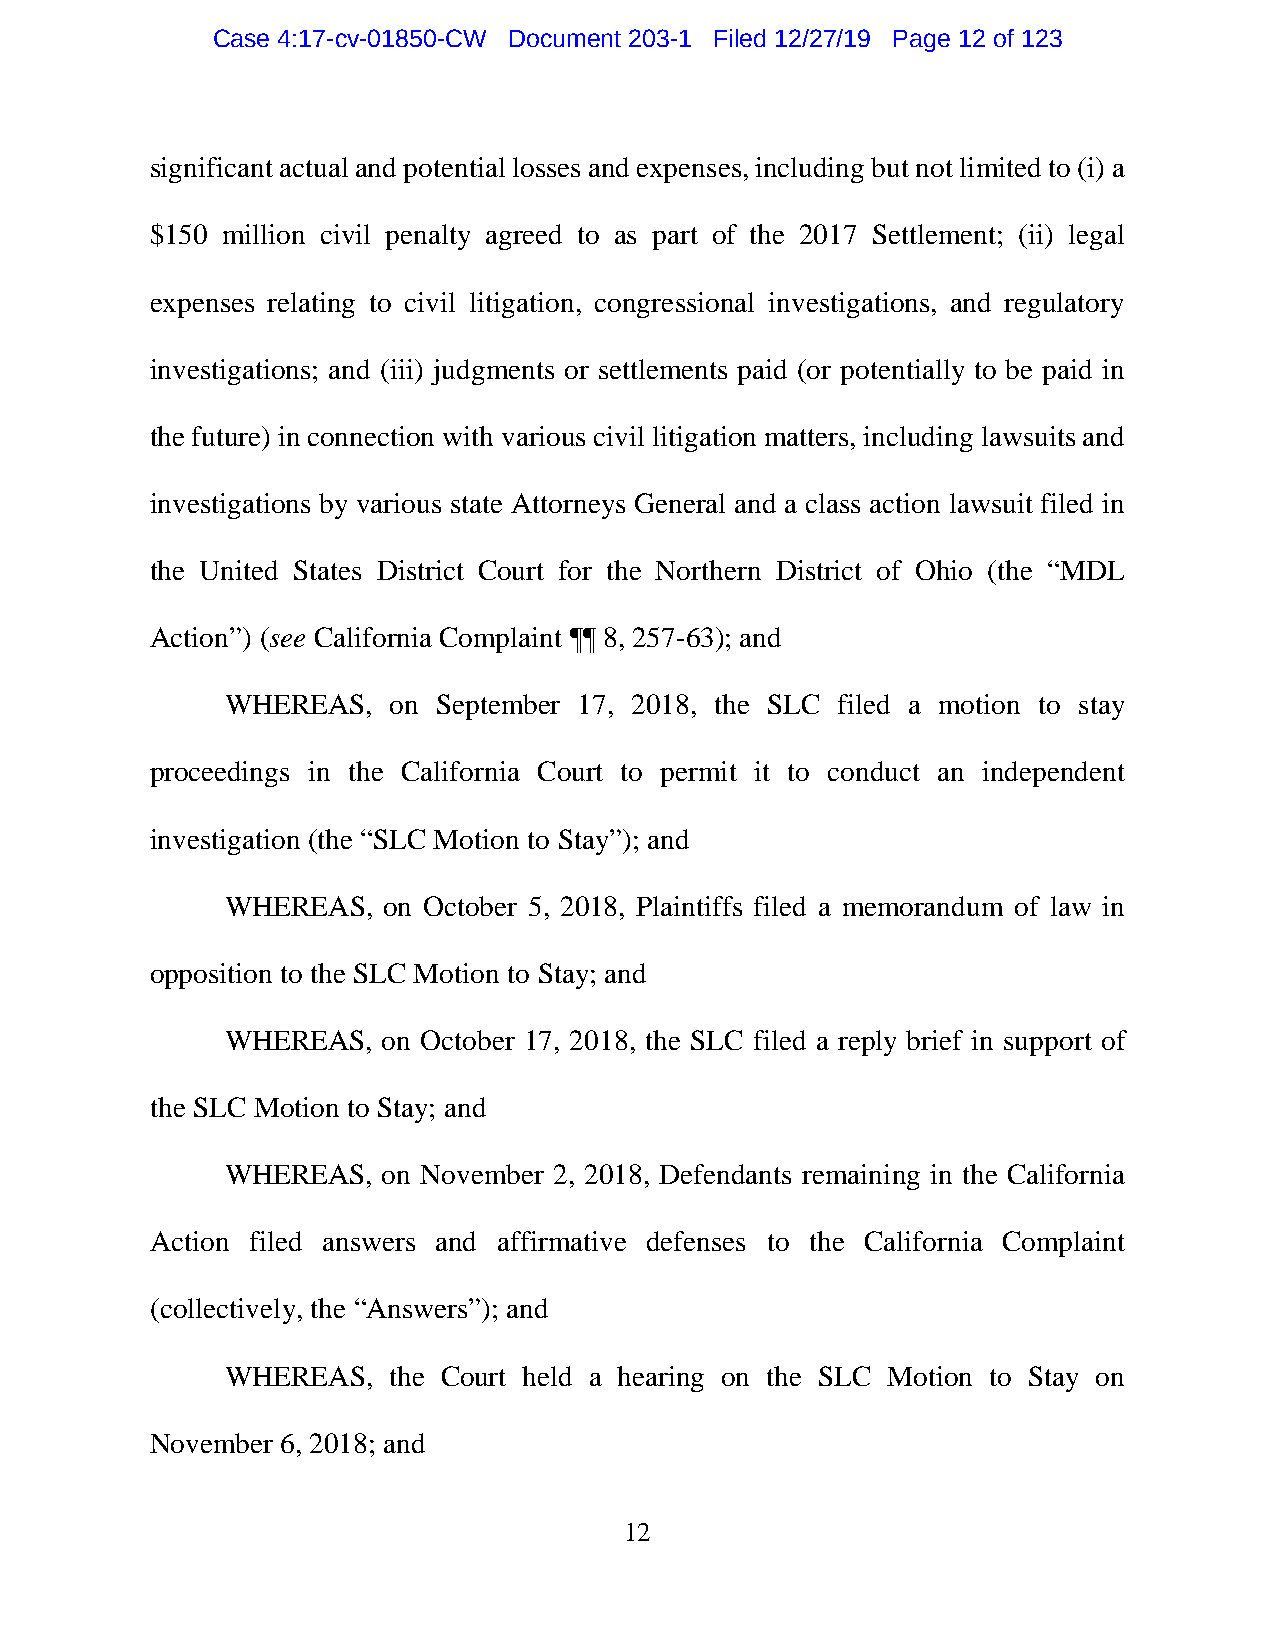
Case 4:17-cv-01850-CW Document 203-1 Filed 12/27/19 Page 12 of 123
 significant actual and potential losses and expenses, including but not limited to (i) a
 $150 million civil penalty agreed to as part of the 2017 Settlement; (ii) legal
 expenses relating to civil litigation, congressional investigations, and regulatory
 investigations; and (iii) judgments or settlements paid (or potentially to be paid in
 the future) in connection with various civil litigation matters, including lawsuits and
 investigations by various state Attorneys General and a class action lawsuit filed in
 the United States District Court for the Northern District of Ohio (the “MDL
 Action”) (see California Complaint ¶¶ 8, 257-63); and
 WHEREAS,   on September 17, 2018, the SLC filed a motion to stay
 proceedings in the California Court to permit it to conduct an independent
 investigation (the “SLC Motion to Stay”); and
 WHEREAS,  on October 5, 2018, Plaintiffs filed a memorandum of law in
 opposition to the SLC Motion to Stay; and
 WHEREAS,  on October 17, 2018, the SLC filed a reply brief in support of
 the SLC Motion to Stay; and
 WHEREAS,  on November 2, 2018, Defendants remaining in the California
 Action filed answers and affirmative defenses to the California Complaint
 (collectively, the “Answers”); and
 WHEREAS,   the Court held a hearing on the SLC Motion to Stay on
 November 6, 2018; and
 12